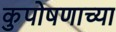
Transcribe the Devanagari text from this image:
कुपोषणाच्या